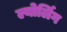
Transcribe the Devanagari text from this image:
ल्योर्लिग